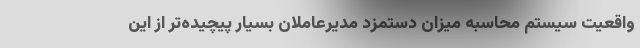
واقعیت سیستم محاسبه میزان دستمزد مدیر‌عاملان بسیار پیچیده‌تر از این